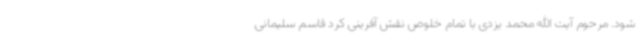
شود. مرحوم آیت الله محمد یزدی با تمام خلوص نقش آفرینی کرد قاسم سلیمانی